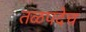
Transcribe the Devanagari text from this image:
तळपदेच